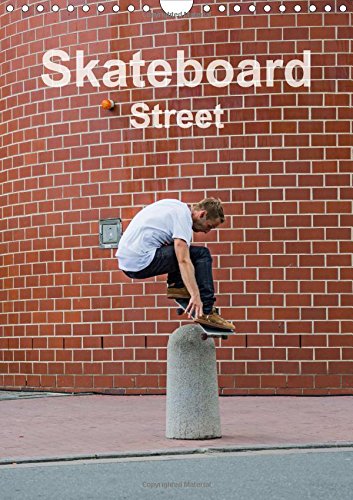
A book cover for Skateboard - Street: Street - Skateboarding is Magic (Calvendo Sports); Michael Wenk; Sports & Outdoors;